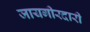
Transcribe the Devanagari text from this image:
जायगीरदारी